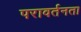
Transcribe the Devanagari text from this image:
परावर्तनता